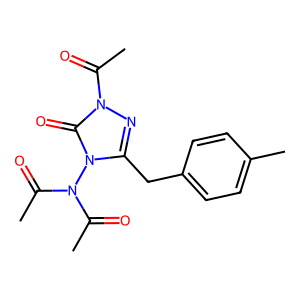
SMILES: CC(=O)N(C(C)=O)n1c(Cc2ccc(C)cc2)nn(C(C)=O)c1=O
Inhibits HIV replication: No